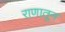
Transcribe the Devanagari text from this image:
राणातून